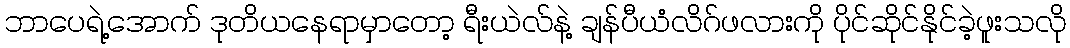
ဘာပေရဲ့အောက် ဒုတိယနေရာမှာတော့ ရီးယဲလ်နဲ့ ချန်ပီယံလိဂ်ဖလားကို ပိုင်ဆိုင်နိုင်ခဲ့ဖူးသလို